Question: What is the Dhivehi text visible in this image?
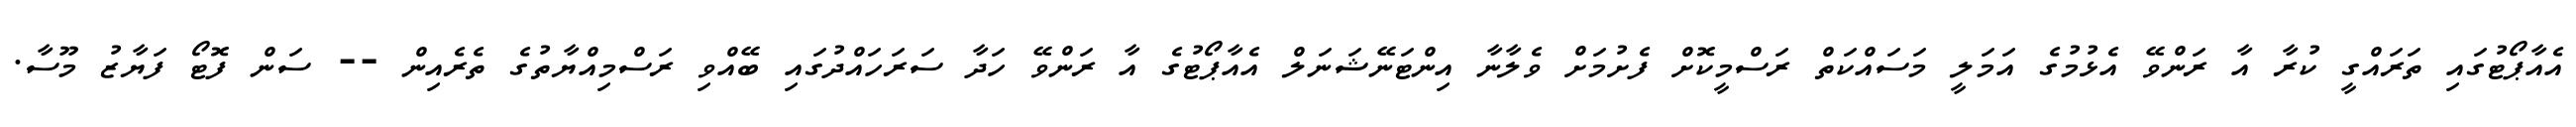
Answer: އެއާޕޯޓުގައި ތަރައްގީ ކުރާ އާ ރަންވޭ އެޅުމުގެ އަމަލީ މަސައްކަތް ރަސްމީކޮށް ފެށުމަށް ވެލާނާ އިންޓަނޭޝަނަލް އެއާޕޯޓުގެ އާ ރަންވޭ ހަދާ ސަރަހައްދުގައި ބޭއްވި ރަސްމިއްޔާތުގެ ތެރެއިން -- ސަން ފޮޓޯ ފަޔާޒު މޫސާ.